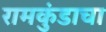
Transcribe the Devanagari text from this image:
रामकुंडाचा